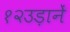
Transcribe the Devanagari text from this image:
१२उड़ानें